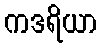
ကဒရိယာ